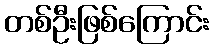
တစ်ဦးဖြစ်ကြောင်း